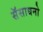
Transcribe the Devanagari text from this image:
सॅसाधनो